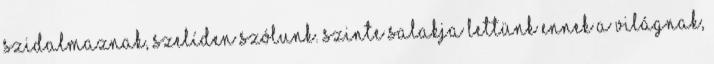
szidalmaznak, szelíden szólunk. Szinte salakja lettünk ennek a világnak,